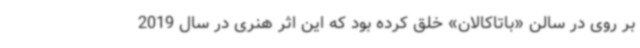
بر روی در سالن «باتاکالان» خلق کرده بود که این اثر هنری در سال 2019